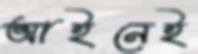
আইনেই